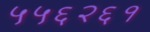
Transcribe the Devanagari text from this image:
५५६२६१